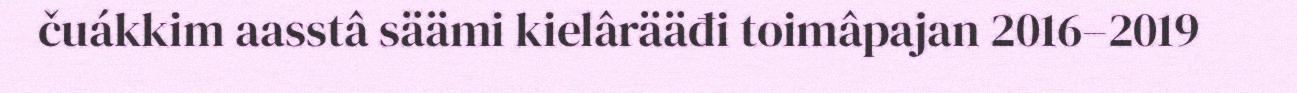
čuákkim aasstâ säämi kielârääđi toimâpajan 2016–2019